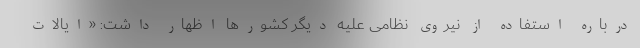
درباره استفاده از نیروی نظامی علیه دیگر کشورها اظهار داشت: «ایالات